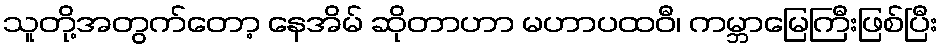
သူတို့အတွက်တော့ နေအိမ် ဆိုတာဟာ မဟာပထဝီ၊ ကမ္ဘာမြေကြီးဖြစ်ပြီး